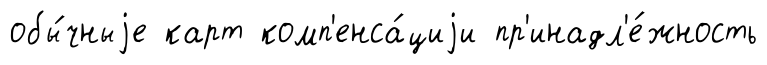
обы́чныjе карт комп'енса́циjи пр'инадл'е́жность